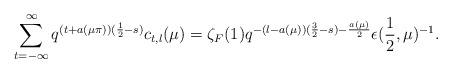
LaTeX: \begin{align*}\sum_{t=-\infty}^{\infty} q^{(t+a(\mu\pi))(\frac{1}{2}-s)} c_{t,l}(\mu) = \zeta_F(1) q^{-(l-a(\mu))(\frac{3}{2}-s)-\frac{a(\mu)}{2}}\epsilon(\frac{1}{2},\mu)^{-1}. \end{align*}